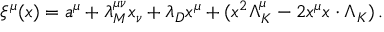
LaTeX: \xi ^ { \mu } ( x ) = a ^ { \mu } + \lambda _ { M } ^ { \mu \nu } x _ { \nu } + \lambda _ { D } x ^ { \mu } + ( x ^ { 2 } \Lambda _ { K } ^ { \mu } - 2 x ^ { \mu } x \cdot \Lambda _ { K } ) \, .